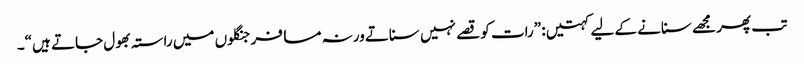
تب پھر مجھے سنانے کے لیے کہتیں : ”رات کو قصے نہیں سناتے ورنہ مسافر جنگلوں میں راستہ بھول جاتے ہیں“۔